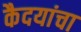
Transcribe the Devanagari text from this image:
कैदयांचा